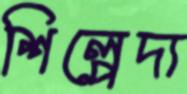
শিল্পেদ্য